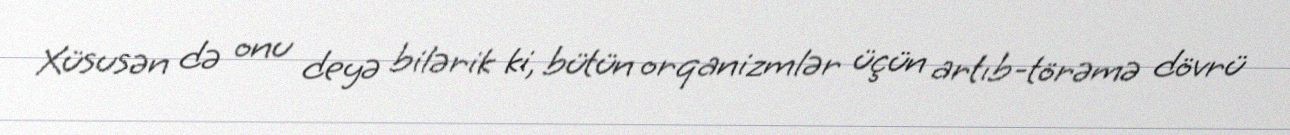
Xüsusən də onu deyə bilərik ki, bütün orqanizmlər üçün artıb-törəmə dövrü